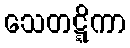
သေတဋ္ဋိကာ